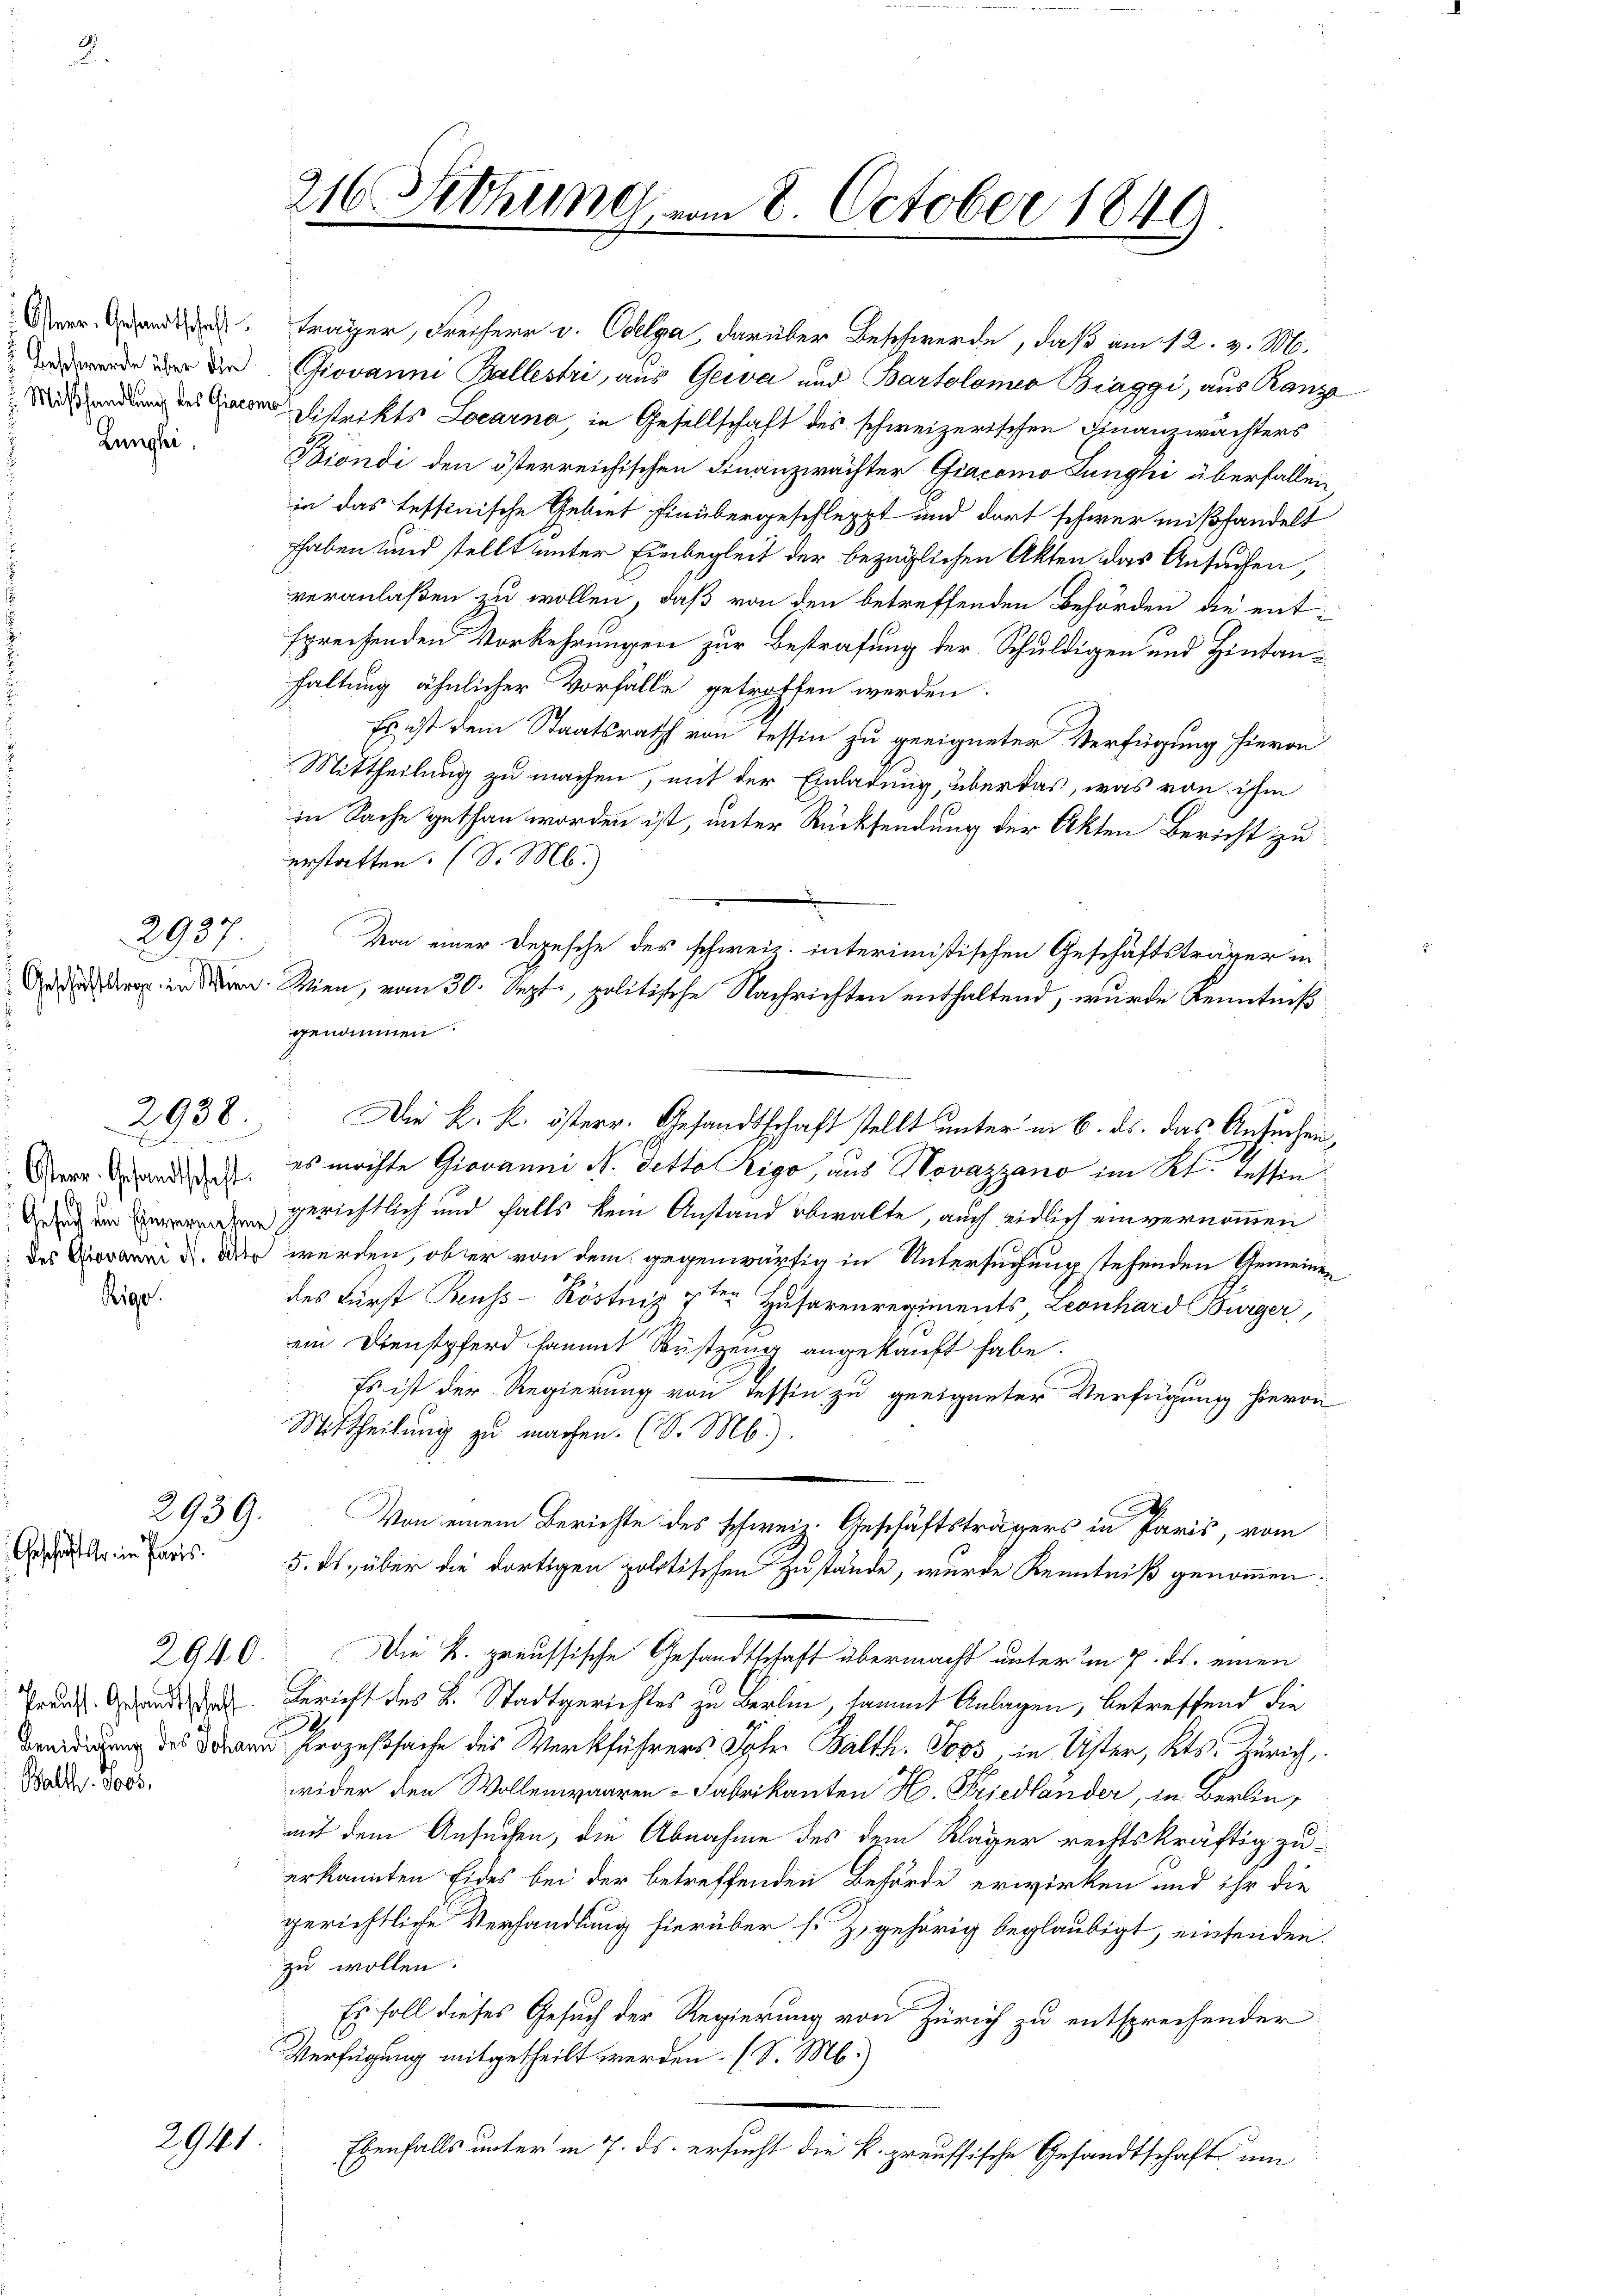
Lunghi,

Osterr. Gesandtschaft

2939.
Geschäft er im Paris.

Rigo

2937.

2938.

Balth. 9000.

2941

Aenden trager, Freiherr v. Olga darüber Beschwerde, daß am 12. v. M.
 der Giovanne Ballestri, aus Gera und Bartolomeo Biaggi, aus Ranz
Autendung des Herr Distrikts Locarno, in Gesellschaft des schweizerischen Finanzwachters
Biondi den österreichischen Finanzwächter Giacomo Lunghi überfallen,
in das Tessinische Gebiet hinübergeschleppt und dort schwer mißhandelt
haben und stellt unter Einbegleit der bezüglichen Akten das Ansuchen,
veranlaßen zu wollen, daß von den betreffenden Behörden die ent-
spreisenden Vorkehrungen zur Bestrafung der Schuldigen und Hintanhaltung ähnlicher Vorfälle getroffen werden.
Es ist dem Staatsrath von Tessin zu geeigneter Verfügung hievon
Mittheilung zu machen, mit der Einladung, über das, was von ihm
in Sache gethan worden ist, unter Rücksendung der Akten Bericht zu
erstatten. (S. M.)
An der in den Wien, vom 30. Sept., politische Nachrichten enthaltend, wurde Kenntniß
genommen.
Der k. k. österr. Gesandtschaft stellt unter in 6. ds. das Ansuchen,
es möchte Giovanni N. Tetto Rigo, aus Novazzano im Kt. Tessin¬
 gerichtlich und falls kein Anstand obwalte, auch eidlich einvernommen
des eid. Der werden, ober von dem gegenwärtig in Untersuchung stehenden Gemeinen
des Fürst Reuss-Röstniz 7ten Husarenregiments, Leonhard Bürger,
ein Dienstpferd sammt Rustzung angekauft habe.
Es ist der Regierung von dessen zu geeigneter Verfügung hievon
Mittheilung zu machen. (S. Mb.).
h
Von einem Berichte des schweiz. Geschäftsträgers in Paris, vom
5. ds. über die dortigen politischen Zustände, wurde Kenntniß genommen:
2940. Die k. preussische Gesandtschaft übermacht unter im 7. ds. einen
Prud Granda. Bericht des L. Stadtgerichtes zu Berlin, sammt Anlagen, betreffend die
din des Prozeßsache des Werkführers Jahr Balth. Soos, in Uster, Kts. Zürich
wider den Wollenwaaren-Fabrikanten H. Friedlander, in Berlin,
mit dem Ansuchen, die Abnahme des dem Kläger rechtskräftig zuerkannten Eides bei der betreffenden Behörde erwirken und ihr die
gerichtliche Verhandlung hierüber s. Z. gehörig beglaubigt, einsenden
zu wollen.
Es soll dieses Gesuch der Regierung von Zürich zu entsprechender
Verfügung mitgetheilt werden. (S. M.
Ebenfalls unter in 7. ds. ersucht die k. preussische Gesandtschaft um

216 Sitzung vom 8. October 1840

Von einer Depesche des schweiz. interimistischen Geschäftsträger in